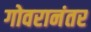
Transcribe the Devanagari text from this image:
गोवरानंतर